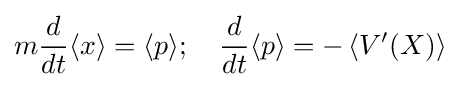
m{\frac {d}{dt}}\langle x\rangle =\langle p\rangle ;\quad {\frac {d}{dt}}\langle p\rangle =-\left\langle V'(X)\right\rangle